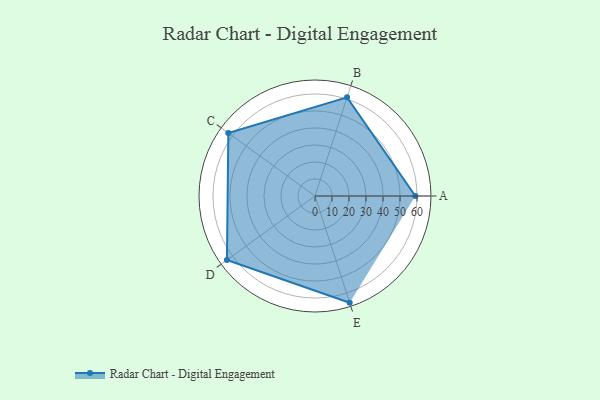
{"axis": {"x": "Skill", "y": "Score"}, "legend": ["Profile"], "data": [{"x": "A", "y": 59.0, "type": "Profile"}, {"x": "B", "y": 61.0, "type": "Profile"}, {"x": "C", "y": 63.0, "type": "Profile"}, {"x": "D", "y": 64.0, "type": "Profile"}, {"x": "E", "y": 66.0, "type": "Profile"}]}